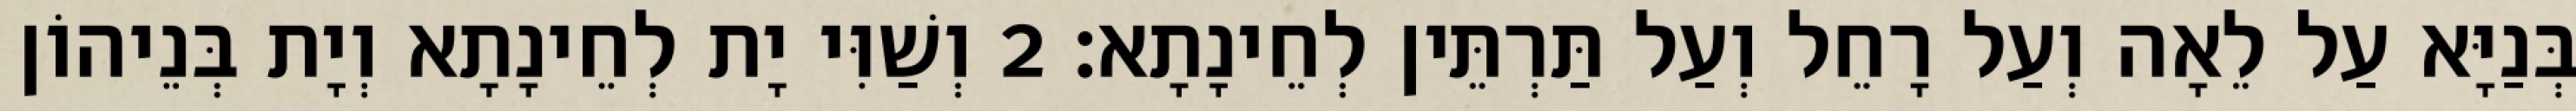
בְּנַיָּא עַל לֵאָה וְעַל רָחֵל וְעַל תַּרְתֵּין לְחֵינָתָא׃ 2 וְשַׁוִּי יָת לְחֵינָתָא וְיָת בְּנֵיהוֹן